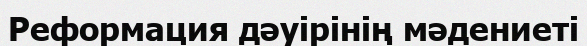
Реформация дәуірінің мәдениеті